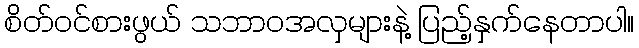
စိတ်ဝင်စားဖွယ် သဘာဝအလှများနဲ့ ပြည့်နှက်နေတာပါ။